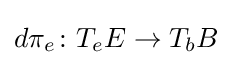
d\pi _{e}\colon T_{e}E\to T_{b}B